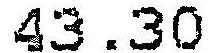
43.30